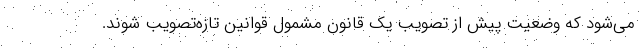
می‌شود که وضعیت پیش از تصویب یک قانون مشمول قوانین تازه‌تصویب شوند.